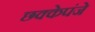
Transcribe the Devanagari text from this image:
छक्केपंजे